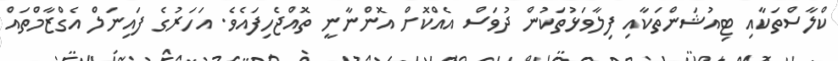
ކްލާސްތަކާއި ޓިއުޝަންތަކާއި ފިލާވަޅުތަކުން ދުވަސް އެއްކޮށް އޮންނާނީ ތޮއްޖެހިފައެވެ. އަހަރުގެ ފައިނަލް އެގްޒާމްތައް